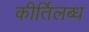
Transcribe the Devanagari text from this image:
कीर्तिलब्ध